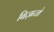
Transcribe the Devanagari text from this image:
बिज़न्जो